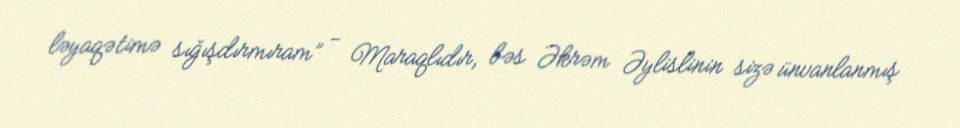
ləyaqətimə sığışdırmıram” - Maraqlıdır, bəs Əkrəm Əylislinin sizə ünvanlanmış